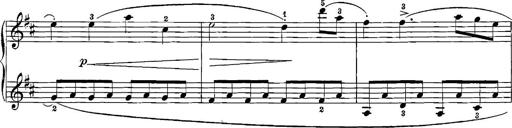
Title: 12 Sonatinas
Composer: Ignaz Pleyel